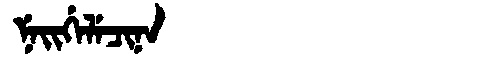
Manchu: ᠨᡝᡳᡤᡝᠯᡝᠴᡳᠨᠠ
Romanization: NEIGELECINA